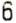
6